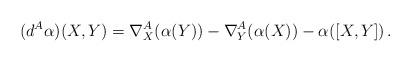
LaTeX: \begin{align*}(d^A\alpha)(X,Y) =\nabla^A_X(\alpha(Y))-\nabla^A_Y(\alpha(X))-\alpha([X,Y])\,.\end{align*}